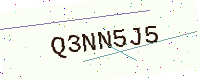
Text: Q3NN5J5